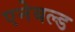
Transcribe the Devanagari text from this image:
एनेबल्‍ड